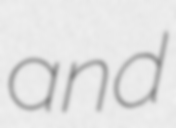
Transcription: and